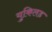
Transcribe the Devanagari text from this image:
युकिलड